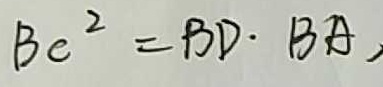
B C ^ { 2 } = B D \cdot B A ,